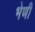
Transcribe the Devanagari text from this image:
भेणी